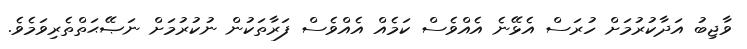
ވާޖިބު އަދާކުރުމަށް ހުރަސް އެޅޭނެ އެއްވެސް ކަމެއް އެއްވެސް ފަރާތަކުން ނުކުރުމަށް ނަޞޭޙަތްތެރިވަމެވެ.